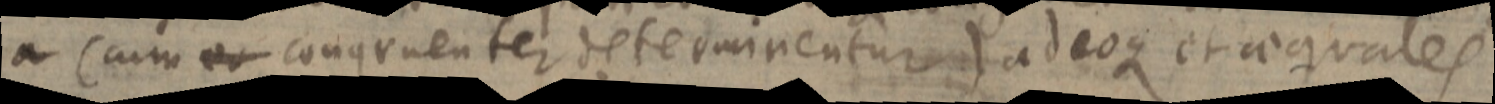
a (cum eo congruenter determinentur) adeoque et aequales